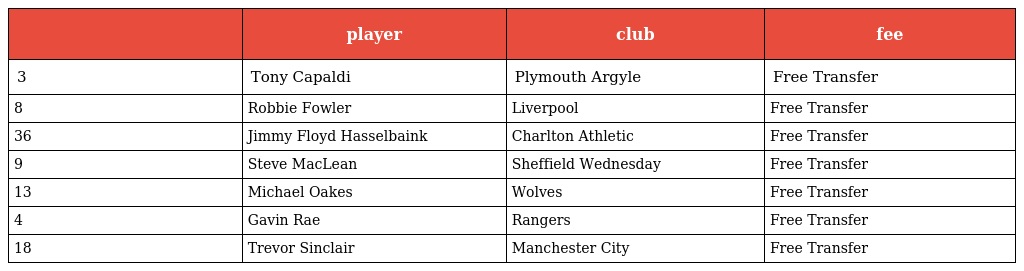
|  | player | club | fee |
 | --- | --- | --- | --- |
 | 3 | Tony Capaldi | Plymouth Argyle | Free Transfer |
 | 8 | Robbie Fowler | Liverpool | Free Transfer |
 | 36 | Jimmy Floyd Hasselbaink | Charlton Athletic | Free Transfer |
 | 9 | Steve MacLean | Sheffield Wednesday | Free Transfer |
 | 13 | Michael Oakes | Wolves | Free Transfer |
 | 4 | Gavin Rae | Rangers | Free Transfer |
 | 18 | Trevor Sinclair | Manchester City | Free Transfer |